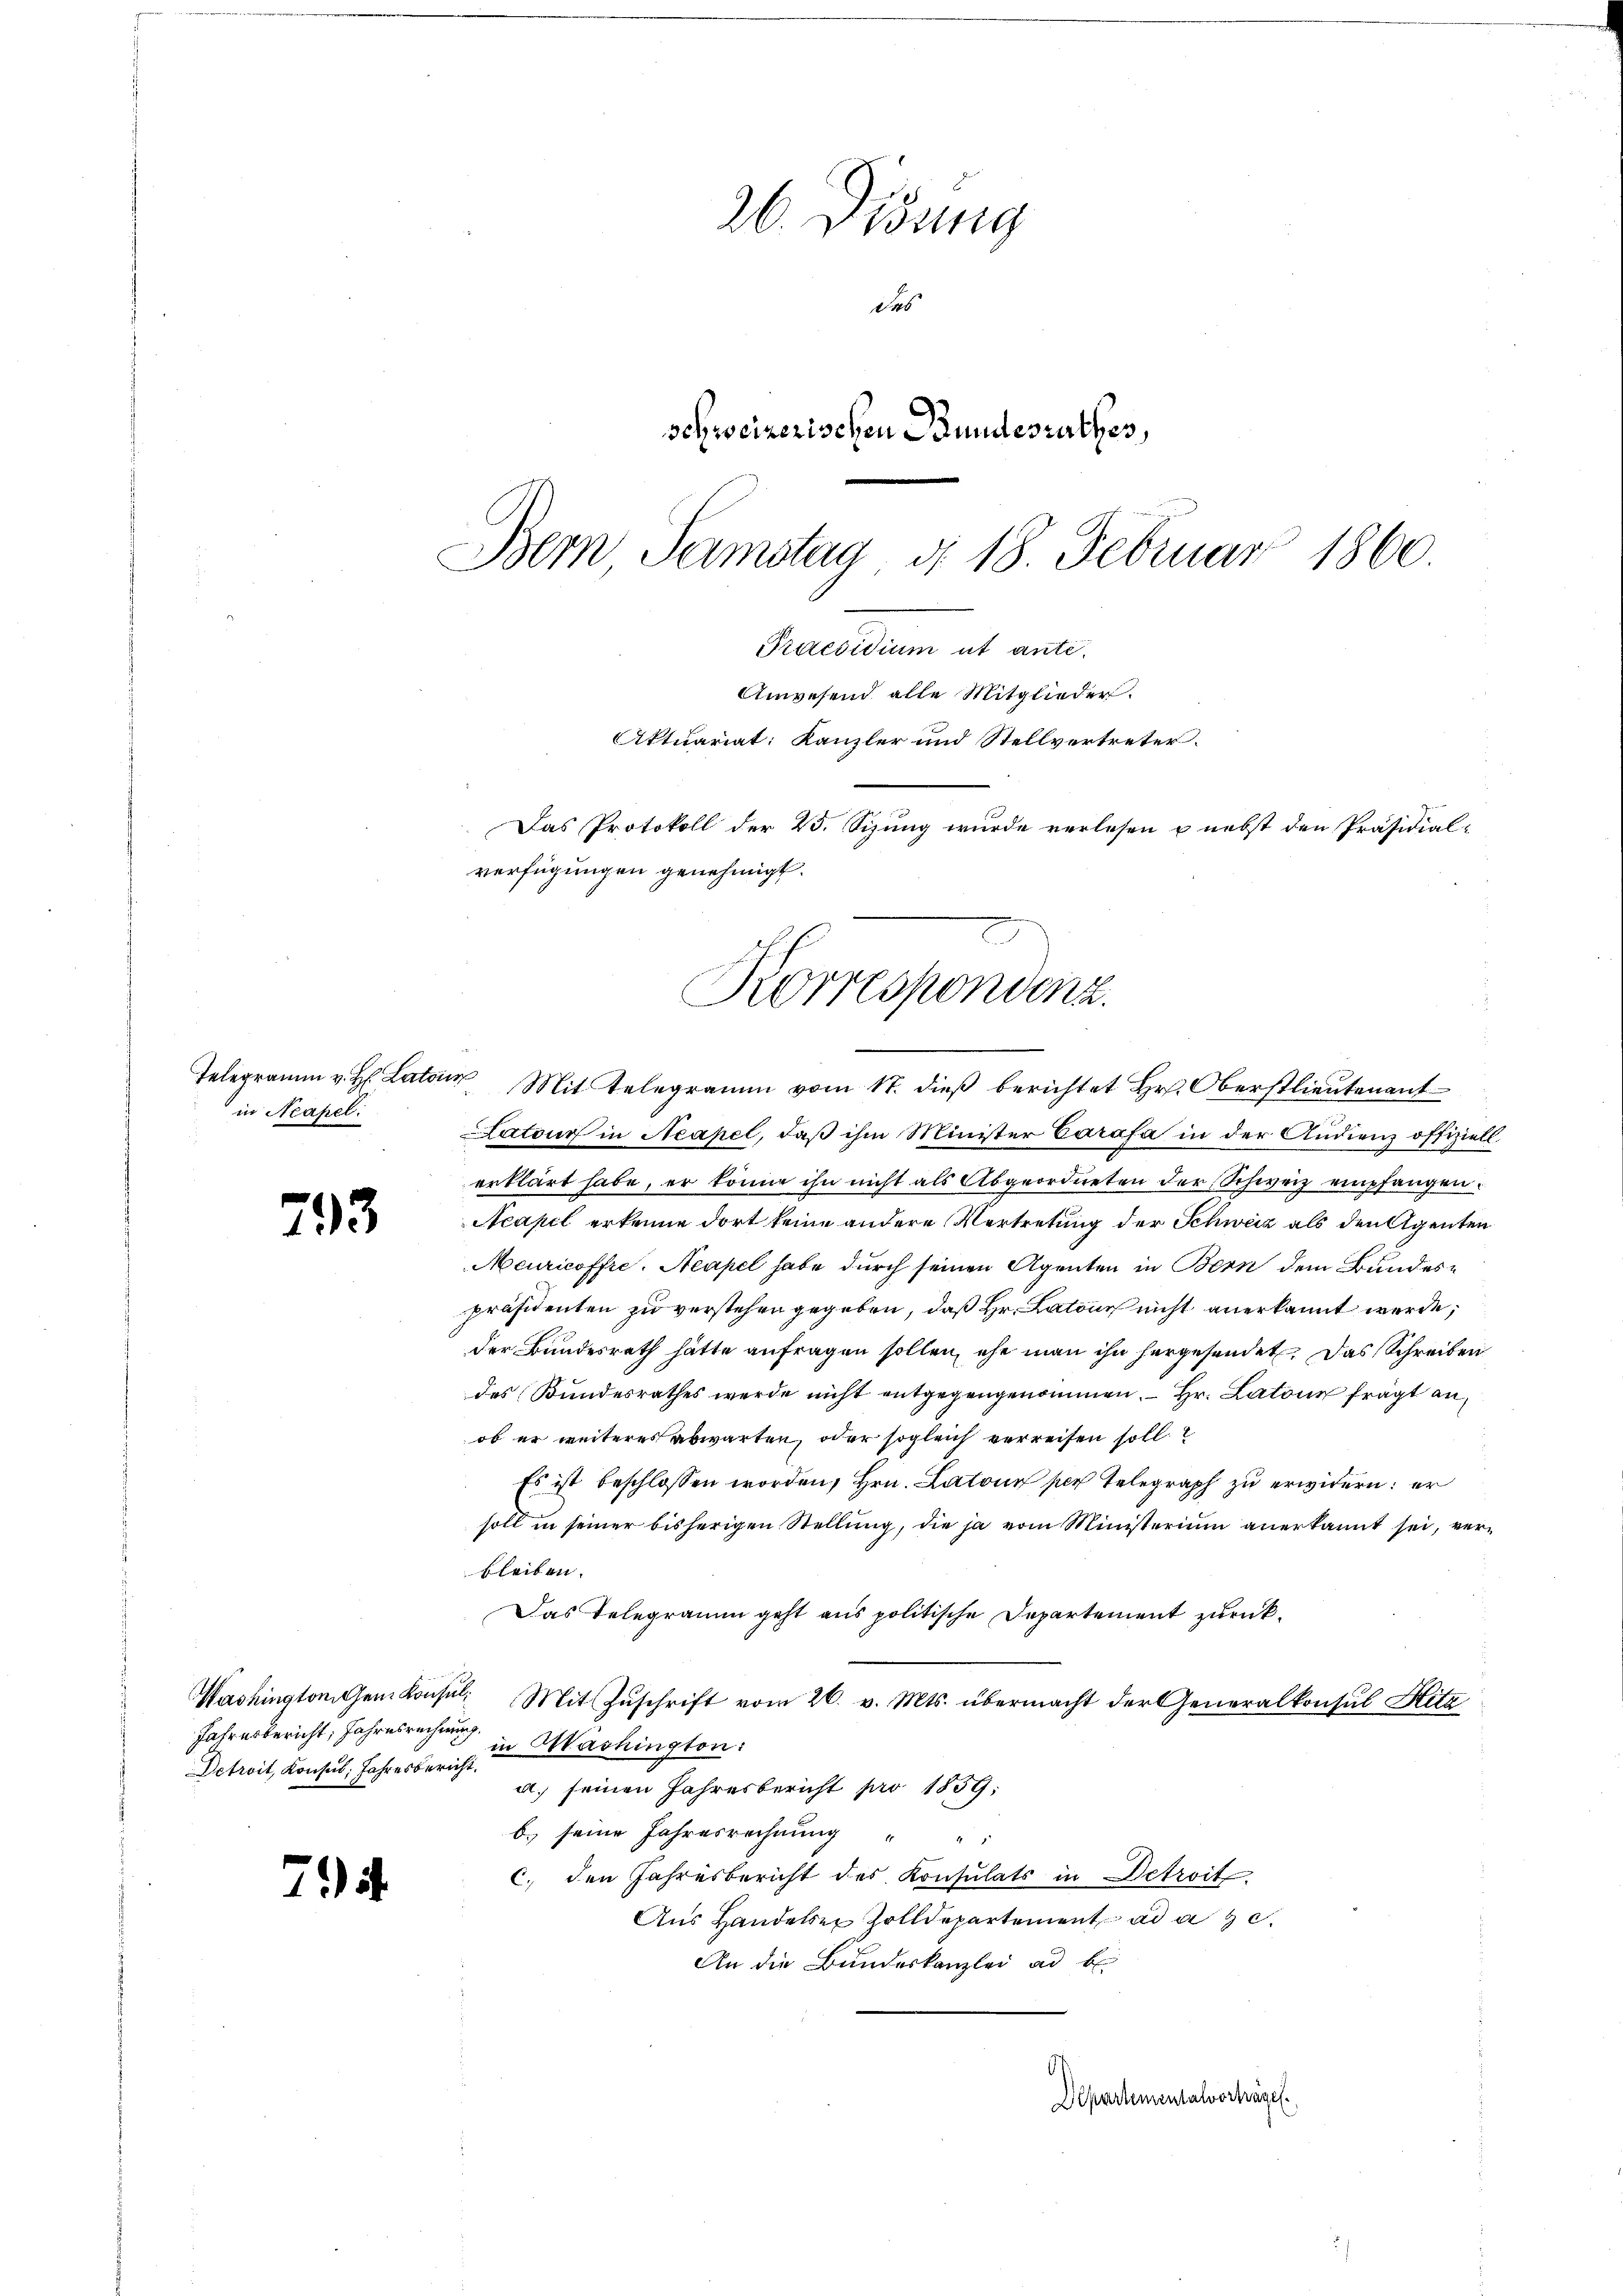
Telegramm v. H. Latoir
in Neapel:

713

Washington gen Konsul¬
Jahresbericht, Jahresrechnung
Detroit, Konsul, Jahresbericht

75

26. Disung
das
schweizerischen Bundesrathes,
Bern Samstag d. 18. Februar 1860.

Praesidium ut ante.
Anwesend alle Mitglieder.
AAktuariat: Kanzler und Stellvertreter.
Das Protokoll der 23. Sizung wurde verlesen u nebst den Präsidial-
verfügungen genehmigt.
Korrespondenz.
Mit Telegramm vom 17. dieß berichtet Hr. Oberstlieutenant

atour in Neapel, daß ihm Minister Carafa in der Audienz offiziell.
erklärt habe, er könne ihn nicht als Abgeordneten der Schweiz empfangen.
Acapel erkenne dort keine andere Vertretung der Schweiz als den Agenten
Meuricoffre. Neapel habe durch seinen Agenten in Bern dem Bundespräsidenten zu verstehen gegeben, daß Hr. Latons nicht anerkannt werde;
der Bundesrath hätte anfragen sollen, ehe man ihn hergesendet. Das Schreiben
des Bundesrathes werde nicht entgegengenommen.  Hr. Latone frägt anob er weiteres abwarten, oder sogleich verreisen soll
Es ist beschlossen worden, Hrn. Latour sich telegraph zu erwidern: er
soll in seiner bisherigen Stellŭng, die ja vom Ministerium anerkannt sei, ver-
bleiben.
Das Telegramm geht aus politische Departement zurück¬
Mit Zuschrift vom 26. v. Mts. übermacht der Generalkonsul Hitz
in Washington:
al. seinen Jahresbericht pro 1859;
b. seine Jahresrechnung " "
c. den Jahresbericht des Konsulats in Detroit
Aus Handelser Zolldepartement ad a. c.
An die Bundeskanzlei ad b
b
Departementalvorträgen.